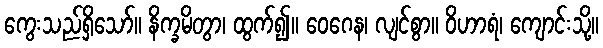
ကွေးသည်ရှိသော်။ နိက္ခမိတွာ၊ ထွက်၍။ ဝေဂေန၊ လျင်စွာ။ ဝိဟာရံ၊ ကျောင်းသို့။